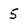
Character: 5